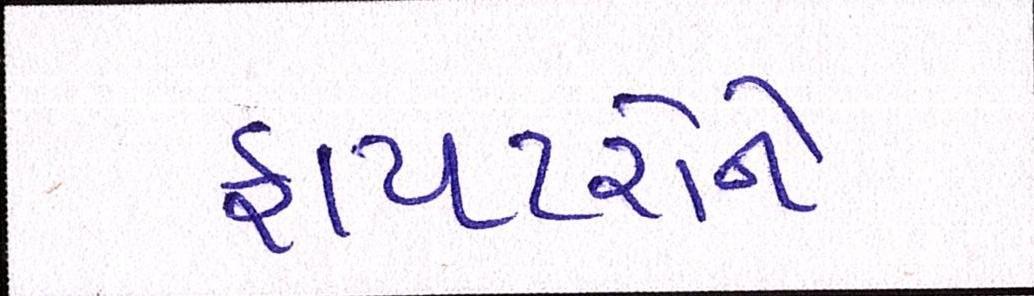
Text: ફાયટરોને